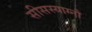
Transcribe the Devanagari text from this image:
सीसस्याग्नौ